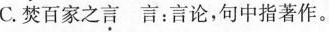
C.焚百家之言 言：言论，句中指著作。